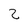
Character: 2